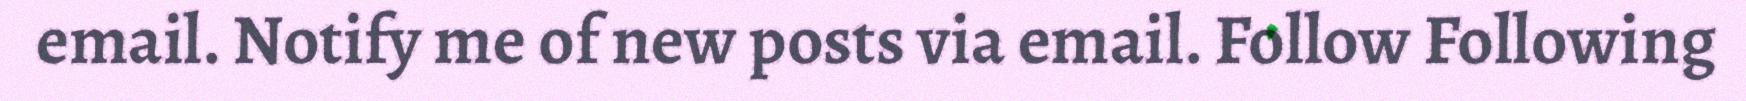
email. Notify me of new posts via email. Follow Following